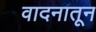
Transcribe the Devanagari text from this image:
वादनातून